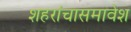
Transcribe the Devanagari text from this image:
शहरांचासमावेश